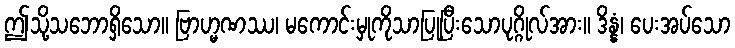
ဤသို့သဘောရှိသော။ ဗြာဟ္မဏဿ၊ မကောင်းမှုကိုသာပြုပြီးသောပုဂ္ဂိုလ်အား။ ဒိန္နံ၊ ပေးအပ်သော